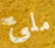
ملئ